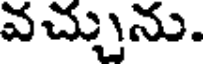
వచ్చును.